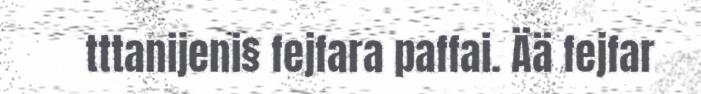
tttanijeni§ fejfara paffai. Ää fejfar